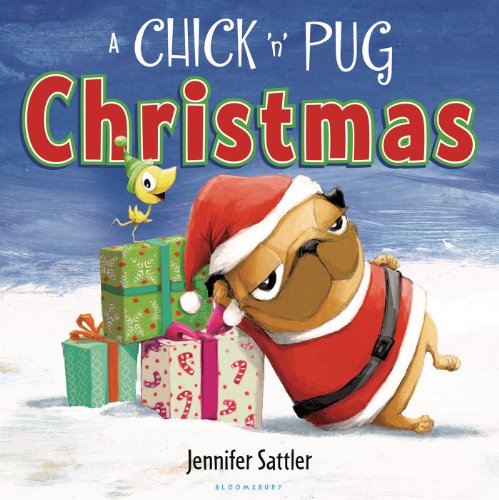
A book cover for A Chick 'n' Pug Christmas; Jennifer Sattler; Children's Books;